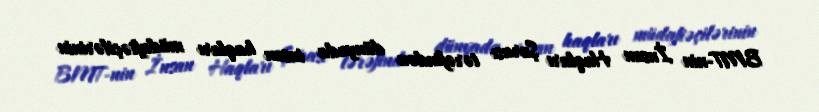
BMT-nin İnsan Haqları Şurası tərəfindən dünyada insan haqları müdafiəçilərinin